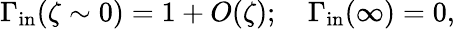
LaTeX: \Gamma_{\mathrm{in}}(\zeta\sim 0)=1+O(\zeta);\quad\Gamma_{\mathrm{in}}(\infty)=0,